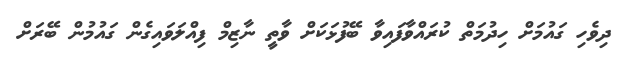
ދިވެހި ގައުމަށް ހިދުމަތް ކުރައްވާފައިވާ ބޭފުޅަކަށް ވާތީ ނާޒިމް ފިއްލަވައިގެން ގައުމުން ބޭރަށް